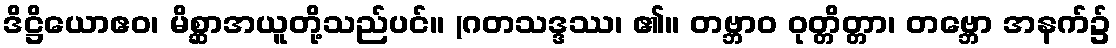
ဒိဋ္ဌိယောဧဝ၊ မိစ္ဆာအယူတို့သည်ပင်။ (ဂတသဒ္ဒဿ၊ ၏။ တဗ္ဘာဝ ဝုတ္တိတ္တာ၊ တဗ္ဘော အနက်၌